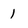
Character: 1